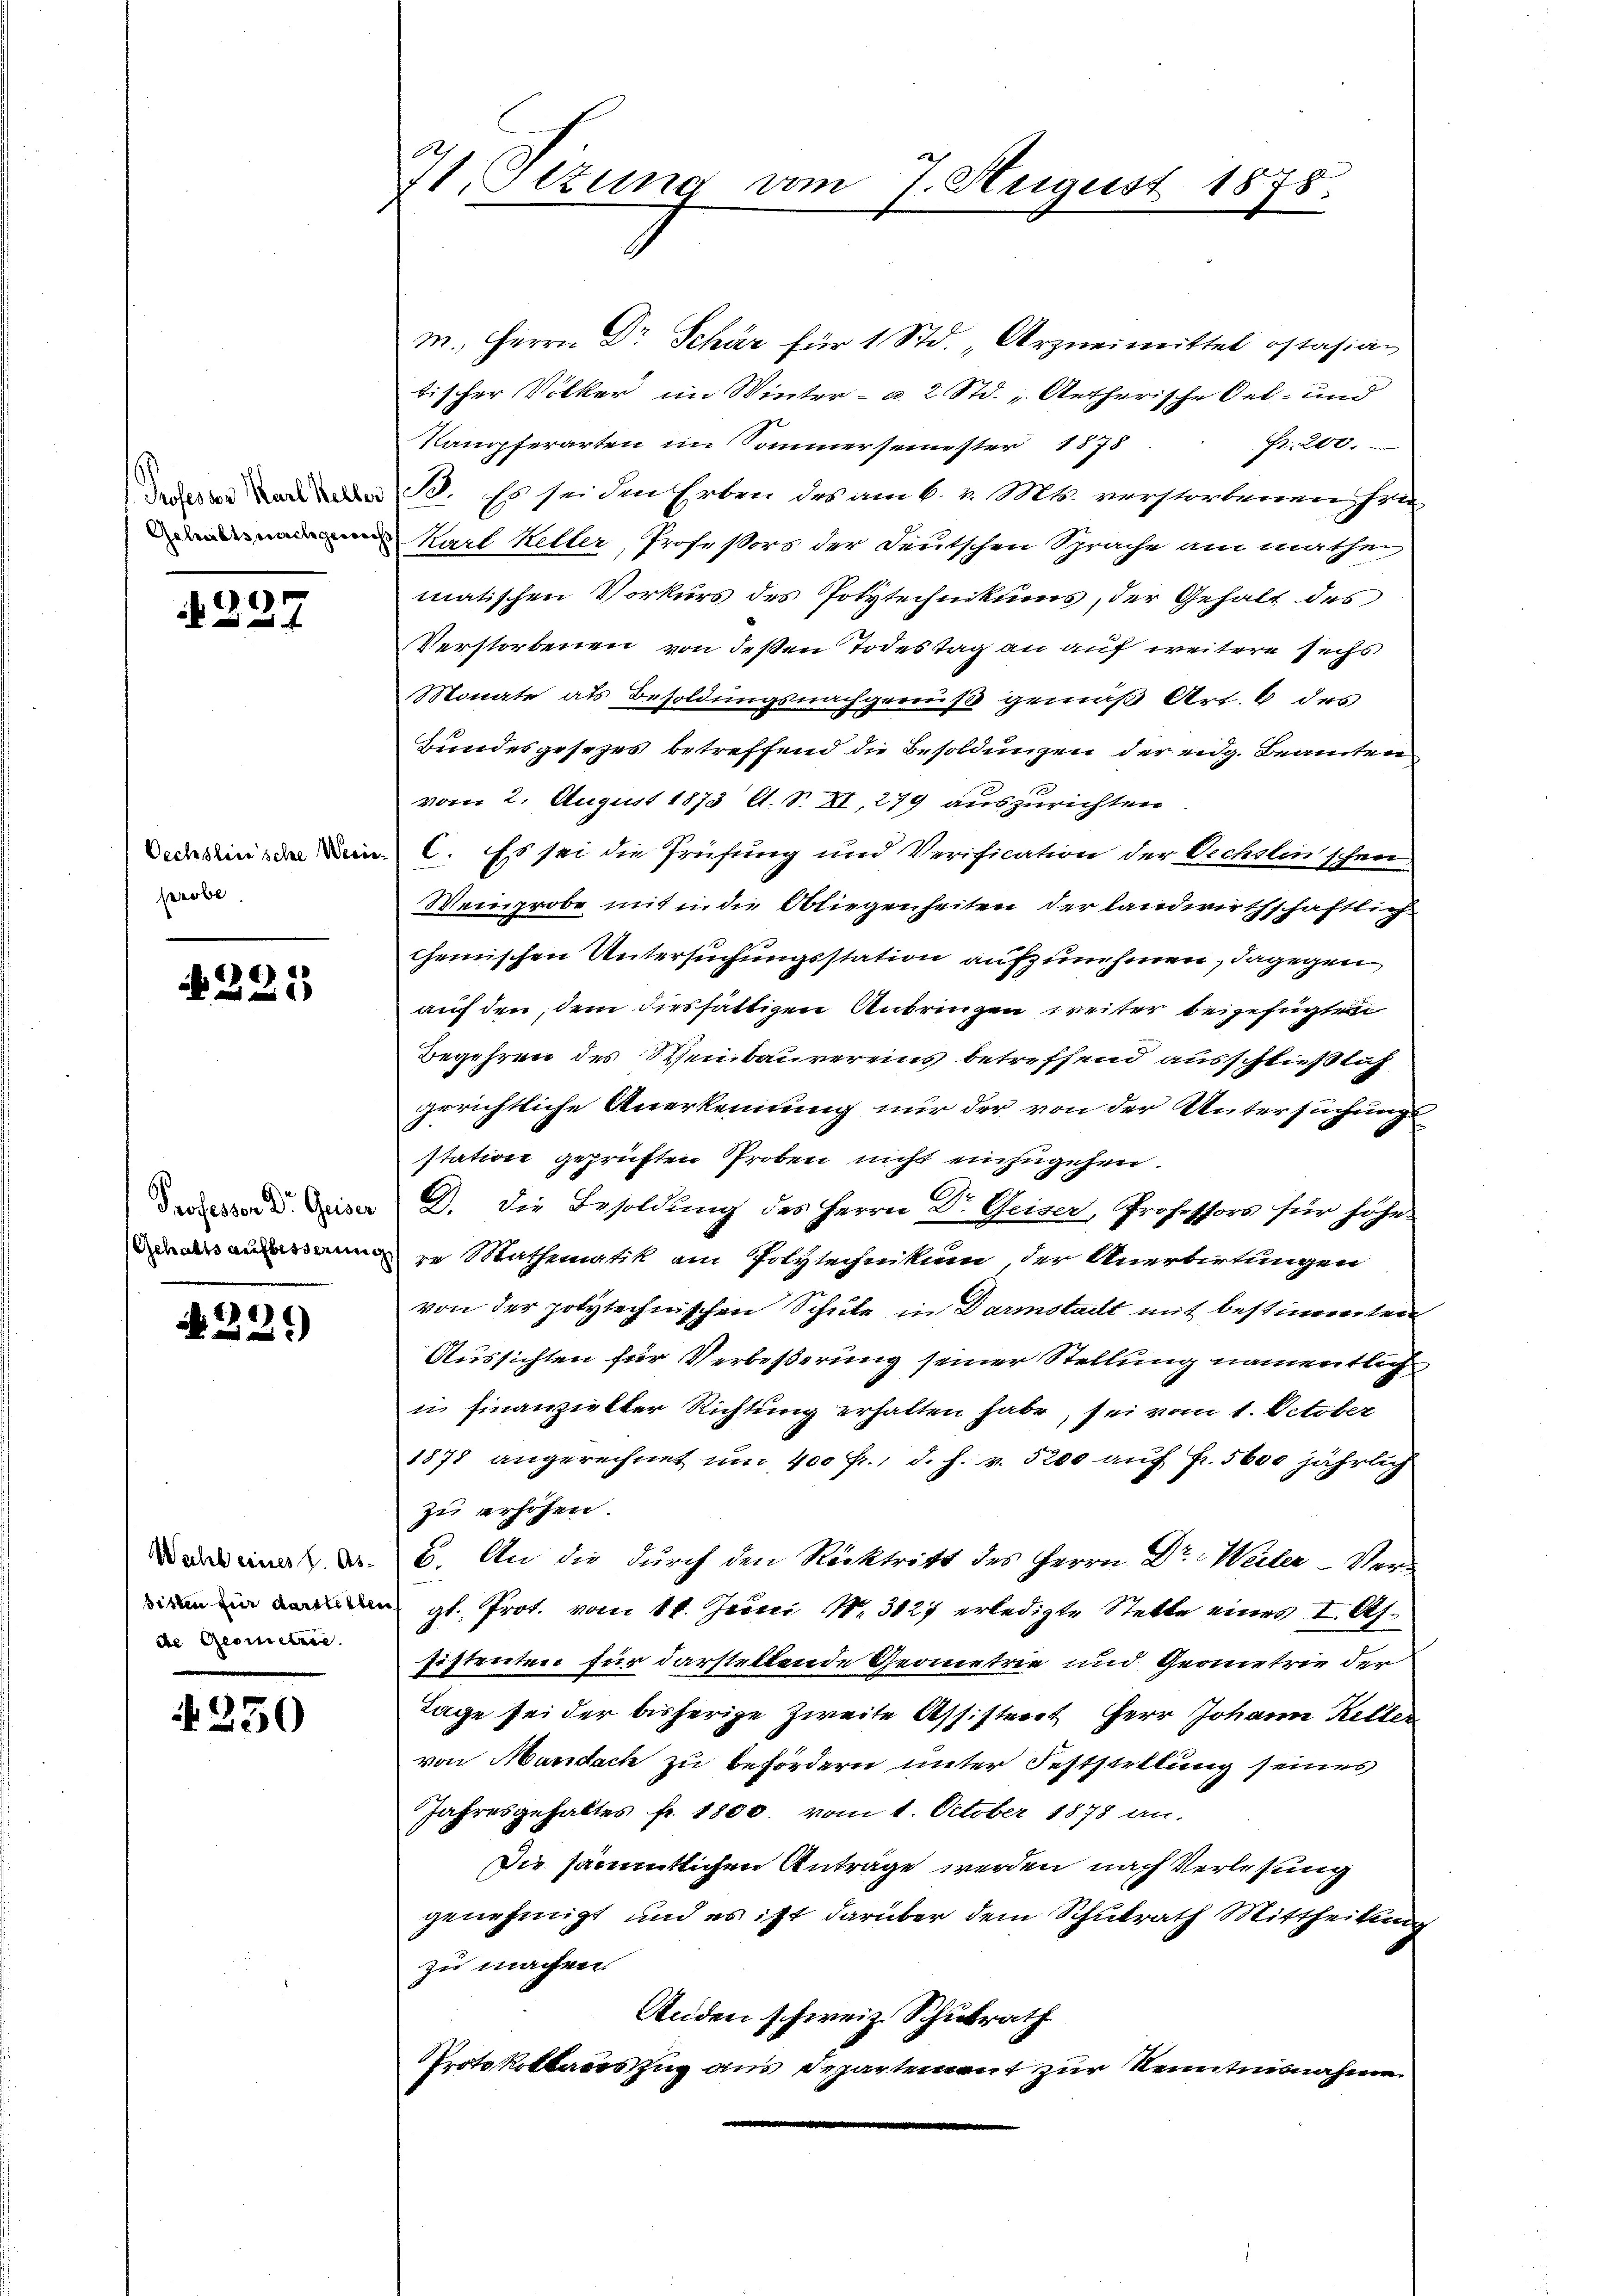
Professor Karl Keller
Gehalts nachgewis

227

Oechslinische Weie
probe

.
221

Professor Dr. Geiser
Gehalts aufbesserun

)
)
 2

Wacht eines v. Absitzen für darstellen
de Geometrie

4250

71.Ottung vom 7. August 1878.

m, Herrn Dr Schär für 1 Std. „Arzneimittel ostasian
tischer Völker im Winter- u. 2 Std. „Aetherische Oel- und
Fr. 200.
Kampferarten im ominersemester 1878
50. Es sei den Erben des am 6. v. Mts. verstorbenen Frie
Karl Keller, Professors der Deutschen Sprache am mathen
matischen Vorkurs des Polytechnikums, der Gehalt des
Verstorbenen von deßen Todestag an auf weitere sechs
Monate als Besoldungsnachgenuß gemäß Art. 6 des
Bundesgesezes betreffend die Besoldungen der eidg. Beamten
vom 2. August 1873 lt. S. XI, 279 auszurichten
C. Es sei die Prüfung und Verification der Oechsten schen
Weinprobe mit in die Obliegenheiten der landwirthschaftlich
Chemischen Untersuchungsstation aufzunehmen, dagegen
auf den, dem diesfältigen Anbringen weiter beigefügte
Begehren des Weibaurereins betreffend ausschließlich
gerichtliche Anerkennung nur der von der Untersuchungs
station geprüften Proben nicht einzugehen.
G. Die Besoldung des Herrn Dr. Geiser, Professors für höhe.
re Mathematik am Polytechnikum der Anerbirtungen
von der polytechnischen Schule in Darmstadt mit bestimmten
Aussichten für Verbeßerung seiner Stellung namentlich
u finanzielter Richtung erhalten habe, sei vom 1. October
1878 angerechnet um 400 fr., d. h. v. 5200 auf Fr. 5600 jährlich
zu erhöhen.
u. An die durch den Rücktritt des Herrn Dr Weiler Vergl. Prot. vom 14. Juni 18. 3127 erledigte Stelle eines I. Asfistenten für darstellende Geometrie und Geometrie der
Tage sei der bisherige Zweite Assistert Herr Johann Keller
von Mandach zu befördern unter Feststellung seines
Jahresgehaltes fr. 1800. vom 1. October 1878 an.
Die sämmtlichen Antrage werden nach Verlesung
genehmigt, und es ist darüber dem Schulrath Mittheilung
zu machen
Anden schweiz. Schulrath
Protokollariszug aus Departement zur Kenntnisnahme